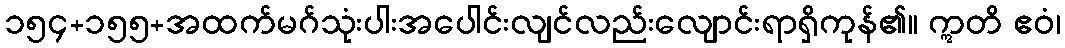
၁၅၄+၁၅၅+အထက်မဂ်သုံးပါးအပေါင်းလျင်လည်းလျောင်းရာရှိကုန်၏။ ဣတိ ဧဝံ၊